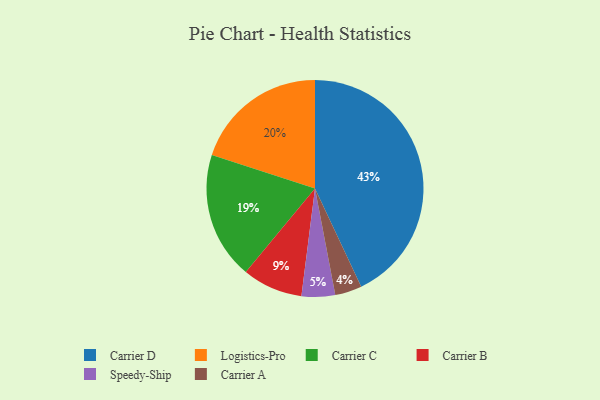
{"axis": {"x": "Category", "y": "Percentage"}, "legend": ["Carrier A", "Carrier B", "Carrier C", "Carrier D", "Logistics-Pro", "Speedy-Ship"], "data": [{"x": "Carrier C", "y": 19, "type": "Carrier C"}, {"x": "Carrier A", "y": 4, "type": "Carrier A"}, {"x": "Speedy-Ship", "y": 5, "type": "Speedy-Ship"}, {"x": "Carrier D", "y": 43, "type": "Carrier D"}, {"x": "Carrier B", "y": 9, "type": "Carrier B"}, {"x": "Logistics-Pro", "y": 20, "type": "Logistics-Pro"}]}